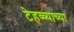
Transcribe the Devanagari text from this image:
टेहळ्याच्या